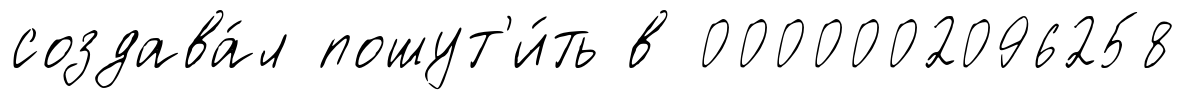
создава́л пошут'и́ть в 0000002096258